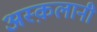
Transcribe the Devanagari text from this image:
अस्क़लानी